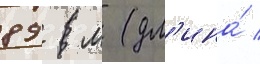
89 м (дл'ина́ /